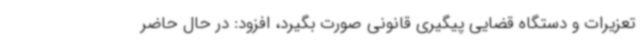
تعزیرات و دستگاه قضایی پیگیری قانونی صورت بگیرد، افزود: در حال حاضر